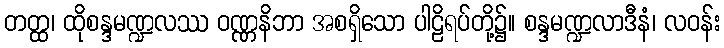
တတ္ထ၊ ထိုစန္ဒမဏ္ဍလဿ ဝဏ္ဏနိဘာ အစရှိသော ပါဠိရပ်တို့၌။ စန္ဒမဏ္ဍလာဒီနံ၊ လဝန်း